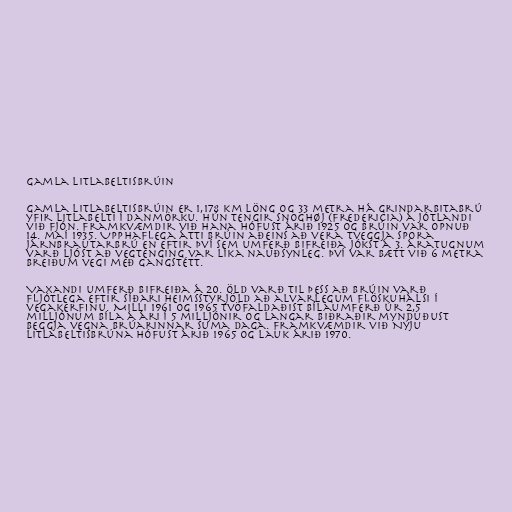
Gamla Litlabeltisbrúin

Gamla Litlabeltisbrúin er 1,178 km löng og 33 metra há grindarbitabrú
yfir Litlabelti í Danmörku. Hún tengir Snoghøj (Fredericia) á Jótlandi
við Fjón. Framkvæmdir við hana hófust árið 1925 og brúin var opnuð
14. maí 1935. Upphaflega átti brúin aðeins að vera tveggja spora
járnbrautarbrú en eftir því sem umferð bifreiða jókst á 3. áratugnum
varð ljóst að vegtenging var líka nauðsynleg. Því var bætt við 6 metra
breiðum vegi með gangstétt.

Vaxandi umferð bifreiða á 20. öld varð til þess að brúin varð
fljótlega eftir Síðari heimsstyrjöld að alvarlegum flöskuhálsi í
vegakerfinu. Milli 1961 og 1965 tvöfaldaðist bílaumferð úr 2,5
milljónum bíla á ári í 5 milljónir og langar biðraðir mynduðust
beggja vegna brúarinnar suma daga. Framkvæmdir við Nýju
Litlabeltisbrúna hófust árið 1965 og lauk árið 1970.